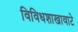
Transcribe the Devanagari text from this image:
विविधशाखावाटे